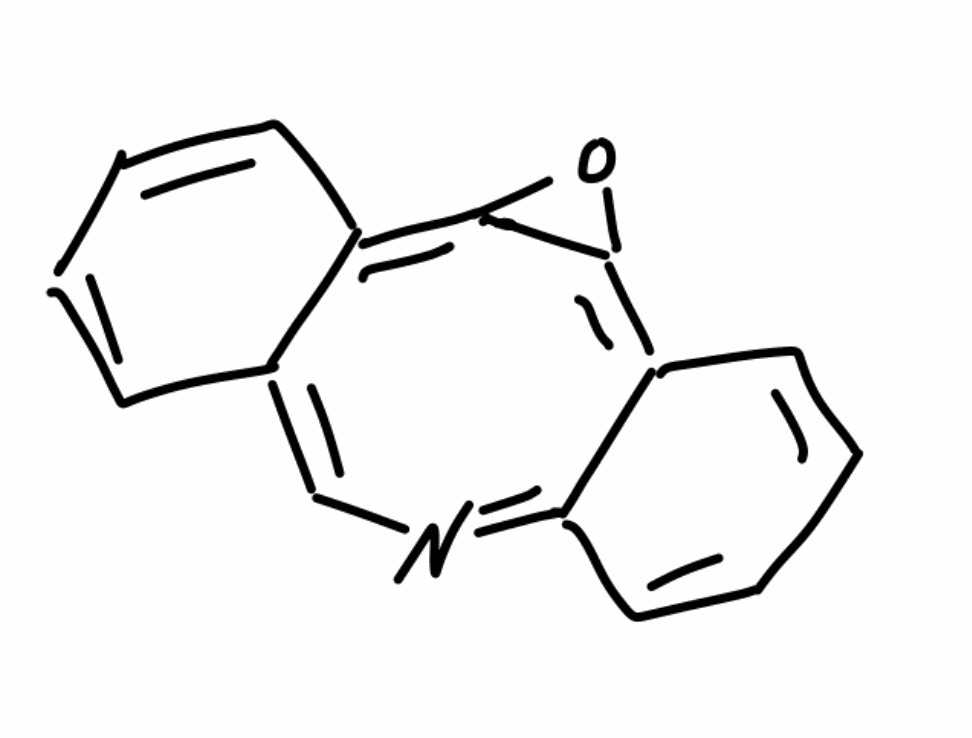
Simplified molecular-input line-entry system (SMILES) notation of the given molecule:
C1=CC2=CN=C3C=CC=CC3=C4C(=C2C=C1)O4